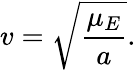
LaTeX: v=\sqrt{\frac{\mu_{E}}{a}}.